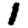
Digit: 1